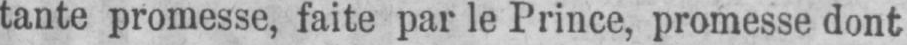
tante promesse, faite par le Prince, promesse dont